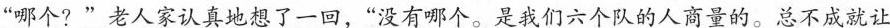
“哪个？”老人家认真地想了一回，“没有哪个。是我们六个队的人商量的。总不成就让